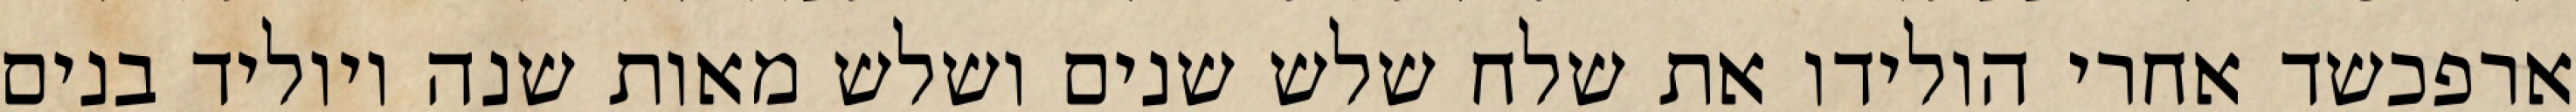
ארפכשד אחרי הולידו את שלח שלש שנים ושלש מאות שנה ויוליד בנים